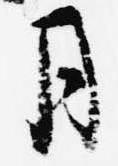
月